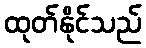
ထုတ်နိုင်သည်